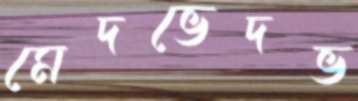
মেদভেদভ